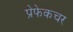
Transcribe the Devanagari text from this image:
प्रेफेकचर